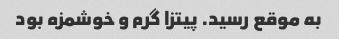
به موقع رسید. پیتزا گرم و خوشمزه بود